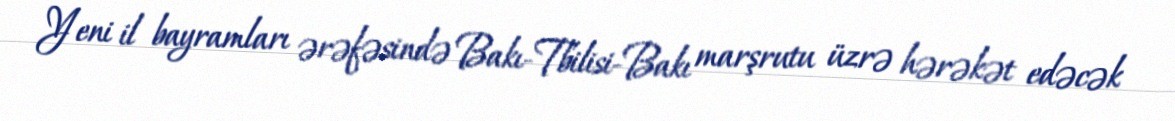
Yeni il bayramları ərəfəsində Bakı-Tbilisi-Bakı marşrutu üzrə hərəkət edəcək